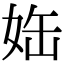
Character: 𡜊